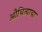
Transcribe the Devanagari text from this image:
औचित्याचा